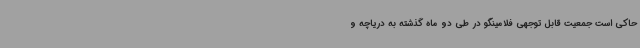
حاکی است جمعیت قابل توجهی فلامینگو در طی دو ماه گذشته به دریاچه و